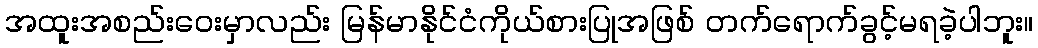
အထူးအစည်းဝေးမှာလည်း မြန်မာနိုင်ငံကိုယ်စားပြုအဖြစ် တက်ရောက်ခွင့်မရခဲ့ပါဘူး။